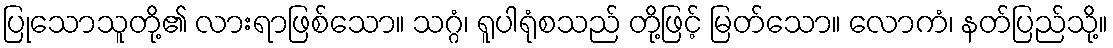
ပြုသောသူတို့၏ လားရာဖြစ်သော။ သဂ္ဂံ၊ ရူပါရုံစသည် တို့ဖြင့် မြတ်သော။ လောကံ၊ နတ်ပြည်သို့။